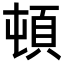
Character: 頓